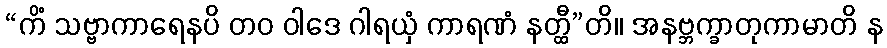
“ကိံ သဗ္ဗာကာရေနပိ တဝ ဝါဒေ ဂါရယှံ ကာရဏံ နတ္ထီ”တိ။ အနဗ္ဘက္ခာတုကာမာတိ န